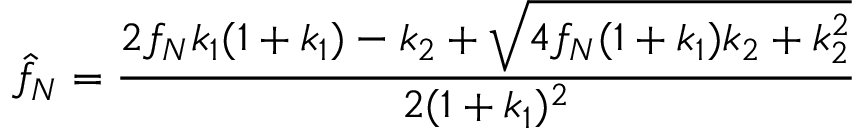
\hat { f } _ { N } = \frac { 2 f _ { N } k _ { 1 } ( 1 + k _ { 1 } ) - k _ { 2 } + \sqrt { 4 f _ { N } ( 1 + k _ { 1 } ) k _ { 2 } + k _ { 2 } ^ { 2 } } } { 2 ( 1 + k _ { 1 } ) ^ { 2 } }